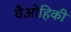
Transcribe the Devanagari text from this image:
वैओहिकी